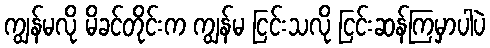
ကျွန်မလို မိခင်တိုင်းက ကျွန်မ ငြင်းသလို ငြင်းဆန်ကြမှာပါပဲ